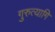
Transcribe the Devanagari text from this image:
गुरुत्यागि